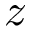
z